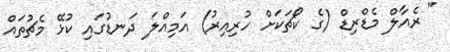
" ރެއާލް މެޑްރިޑް (ގެ ކޯޗަކަށް ހުރިއިރު) އަމިއްލަ ދަނޑުގައި ކުޅޭ މެޗުތައް